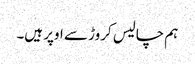
ہم چالیس کروڑ سے اوپر ہیں۔